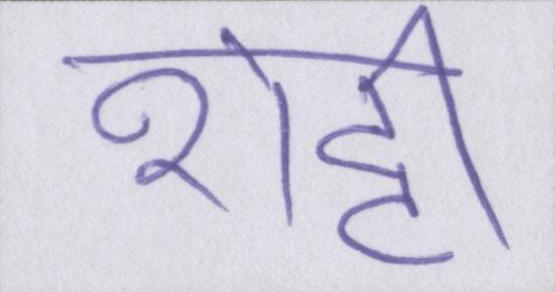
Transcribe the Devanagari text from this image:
शेट्टी